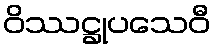
ဝိဿဋ္ဌုပသေဝီ